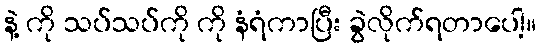
နဲ့ ကို သပ်သပ်ကို ကို နံရံကာပြီး ခွဲလိုက်ရတာပေါ့။